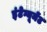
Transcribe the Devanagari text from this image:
इंटेग्यूमेंट